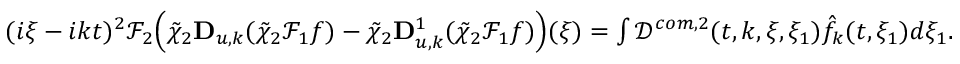
\begin{array} { r } { ( i \xi - i k t ) ^ { 2 } \mathcal { F } _ { 2 } \Big ( \tilde { \chi } _ { 2 } \mathbf { D } _ { u , k } ( \tilde { \chi } _ { 2 } \mathcal { F } _ { 1 } f ) - \tilde { \chi } _ { 2 } \mathbf { D } _ { u , k } ^ { 1 } ( \tilde { \chi } _ { 2 } \mathcal { F } _ { 1 } f ) \Big ) ( \xi ) = \int \mathcal { D } ^ { c o m , 2 } ( t , k , \xi , \xi _ { 1 } ) \hat { f } _ { k } ( t , \xi _ { 1 } ) d \xi _ { 1 } . } \end{array}